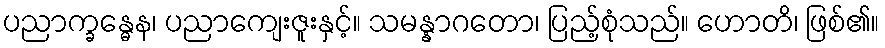
ပညာက္ခန္ဓေန၊ ပညာကျေးဇူးနှင့်။ သမန္နာဂတော၊ ပြည့်စုံသည်။ ဟောတိ၊ ဖြစ်၏။